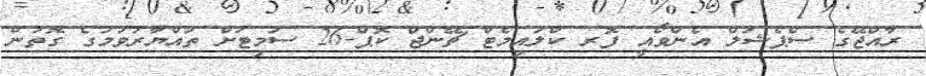
ރާއްޖޭގެ ސްޕެޝަލް އެންވޯއީ ފޮރ ކްލައިމެޓް ޗޭންޖް ކޮޕް-26 ސަމިޓަށް ތައްޔާރުވުމުގެ ގޮތުން